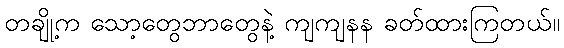
တချို့က သော့တွေဘာတွေနဲ့ ကျကျနန ခတ်ထားကြတယ်။